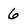
Character: 6